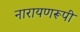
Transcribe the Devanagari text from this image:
नारायणरूपी